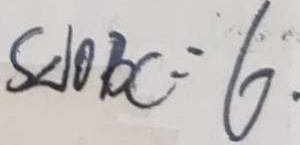
S _ { \Delta 1 0 B C } = 6 .